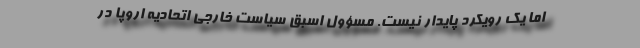
اما یک رویکرد پایدار نیست. مسؤول اسبق سیاست خارجی اتحادیه اروپا در